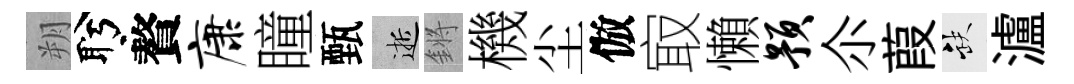
朔盻贅康瞳甄逝鏘機尘倣㝡懶预尒葭缺瀘